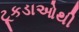
ટૂકડાઓથી